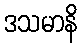
ဒသမာနိ